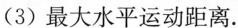
(3)最大水平运动距离。